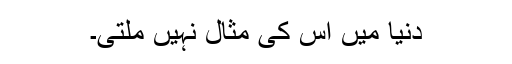
دنیا میں اس کی مثال نہیں ملتی۔